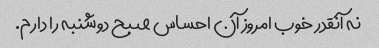
نه آنقدر خوب امروز آن احساس صبح دوشنبه را دارم.